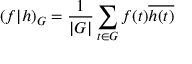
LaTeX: ( f | h ) _ { G } = { \frac { 1 } { | G | } } \sum _ { t \in G } f ( t ) { \overline { { h ( t ) } } }